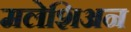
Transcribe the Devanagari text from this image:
मलेशिअन